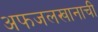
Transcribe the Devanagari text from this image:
अफजलखानाची